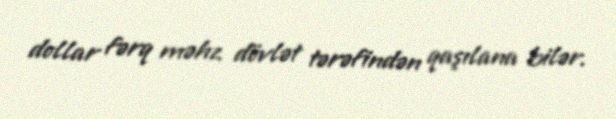
dollar fərq məhz dövlət tərəfindən qaşılana bilər.